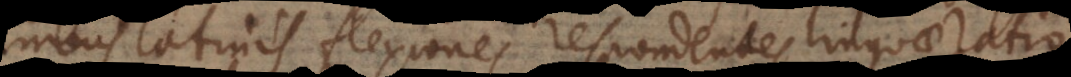
latinis flexiones respondentes linguae rationalis